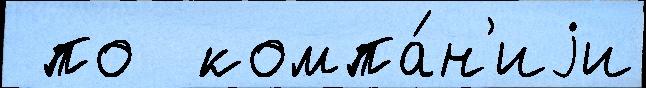
 по  компа́н'иjи